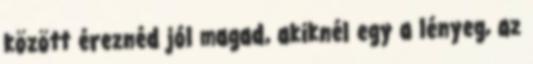
között éreznéd jól magad, akiknél egy a lényeg, az